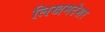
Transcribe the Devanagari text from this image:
लिखमदेशर